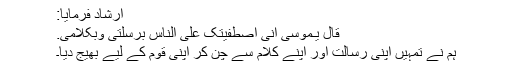
ارشاد فرمایا:
قَالَ یٰـمُوْسٰٓی اِنِّی اصْطَفَیْتُکَ عَلَی النَّاسِ بِرِسٰلٰتِیْ وَبِکَلَامِیْ.
ہم نے تمہیں اپنی رسالت اور اپنے کلام سے چن کر اپنی قوم کے لیے بھیج دیا۔